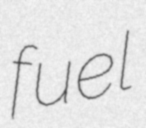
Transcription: fuel